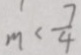
m < \frac { 7 } { 4 }